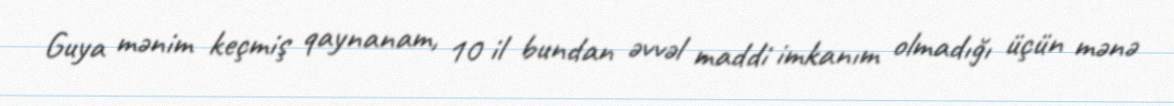
Guya mənim keçmiş qaynanam, 10 il bundan əvvəl maddi imkanım olmadığı üçün mənə